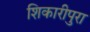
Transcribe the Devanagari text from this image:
शिकारीपुरा